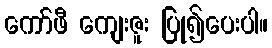
ကော်ဖီ ကျေးဇူး ပြု၍ပေးပါ။